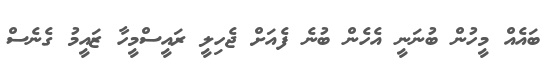
ބައެއް މީހުން ބުނަނީ އެހެން ބުނެ ފެއަށް ޖެހިލީ ރައީސްމީހާ ޒައީމު ގެނެސް